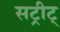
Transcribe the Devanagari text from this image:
सट्रीट्